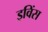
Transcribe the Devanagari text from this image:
इविंस